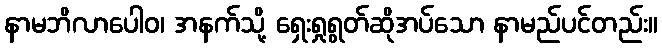
နာမဘိလာပေါဝ၊ အနက်သို့ ရှေးရှုရွတ်ဆိုအပ်သော နာမည်ပင်တည်း။